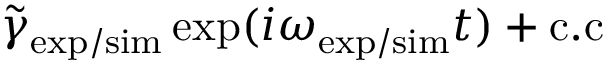
\tilde { \gamma } _ { \mathrm { e x p / s i m } } \exp ( i \omega _ { \mathrm { e x p / s i m } } t ) + \mathrm { c . c }